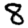
Digit: 8